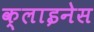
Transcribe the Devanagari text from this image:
क्लाइनेस